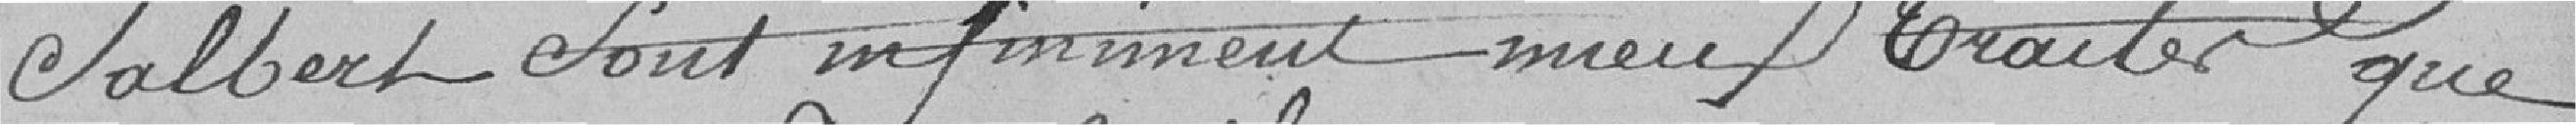
Salbert sont infiniment mieux traités que